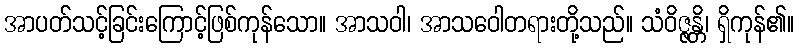
အာပတ်သင့်ခြင်းကြောင့်ဖြစ်ကုန်သော။ အာသဝါ၊ အာသဝေါတရားတို့သည်။ သံဝိဇ္ဇန္တိ၊ ရှိကုန်၏။